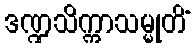
ဒဏ္ဍသိက္ကာသမ္မုတိံ